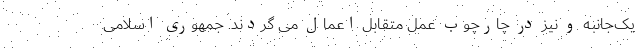
یک‌جانبه و نیز در چارچوب عمل متقابل اعمال می گردند. جمهوری اسلامی